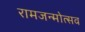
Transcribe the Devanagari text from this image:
रामजन्मोत्सव